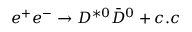
e ^ { + } e ^ { - } \to D ^ { * 0 } \bar { D } ^ { 0 } + c . c